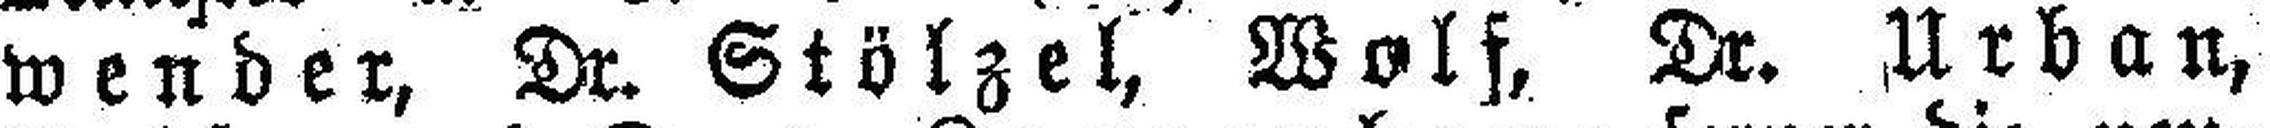
wender, Dr. Stölzel, Wolf, Dr. Urban,